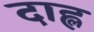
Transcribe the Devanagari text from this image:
दाह्ल